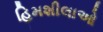
હિમશીલાઓ